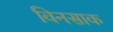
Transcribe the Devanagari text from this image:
विनसाक